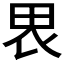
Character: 𰢼